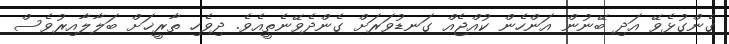
ގެންގުޅެވޭ އަދި ބޭނުން އަންހެން ކުއްޖެއް ގަނޑުވަރަށް ގެންދެވޭނެތީއެވެ. ދިވެހި ތާރީޚަށް ބަލާލާއިރުވެސް